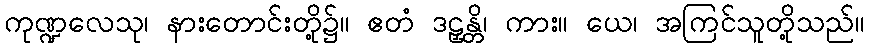
ကုဏ္ဍလေသု၊ နားတောင်းတို့၌။ ဧတံ ဒဠှန္တိ၊ ကား။ ယေ၊ အကြင်သူတို့သည်။